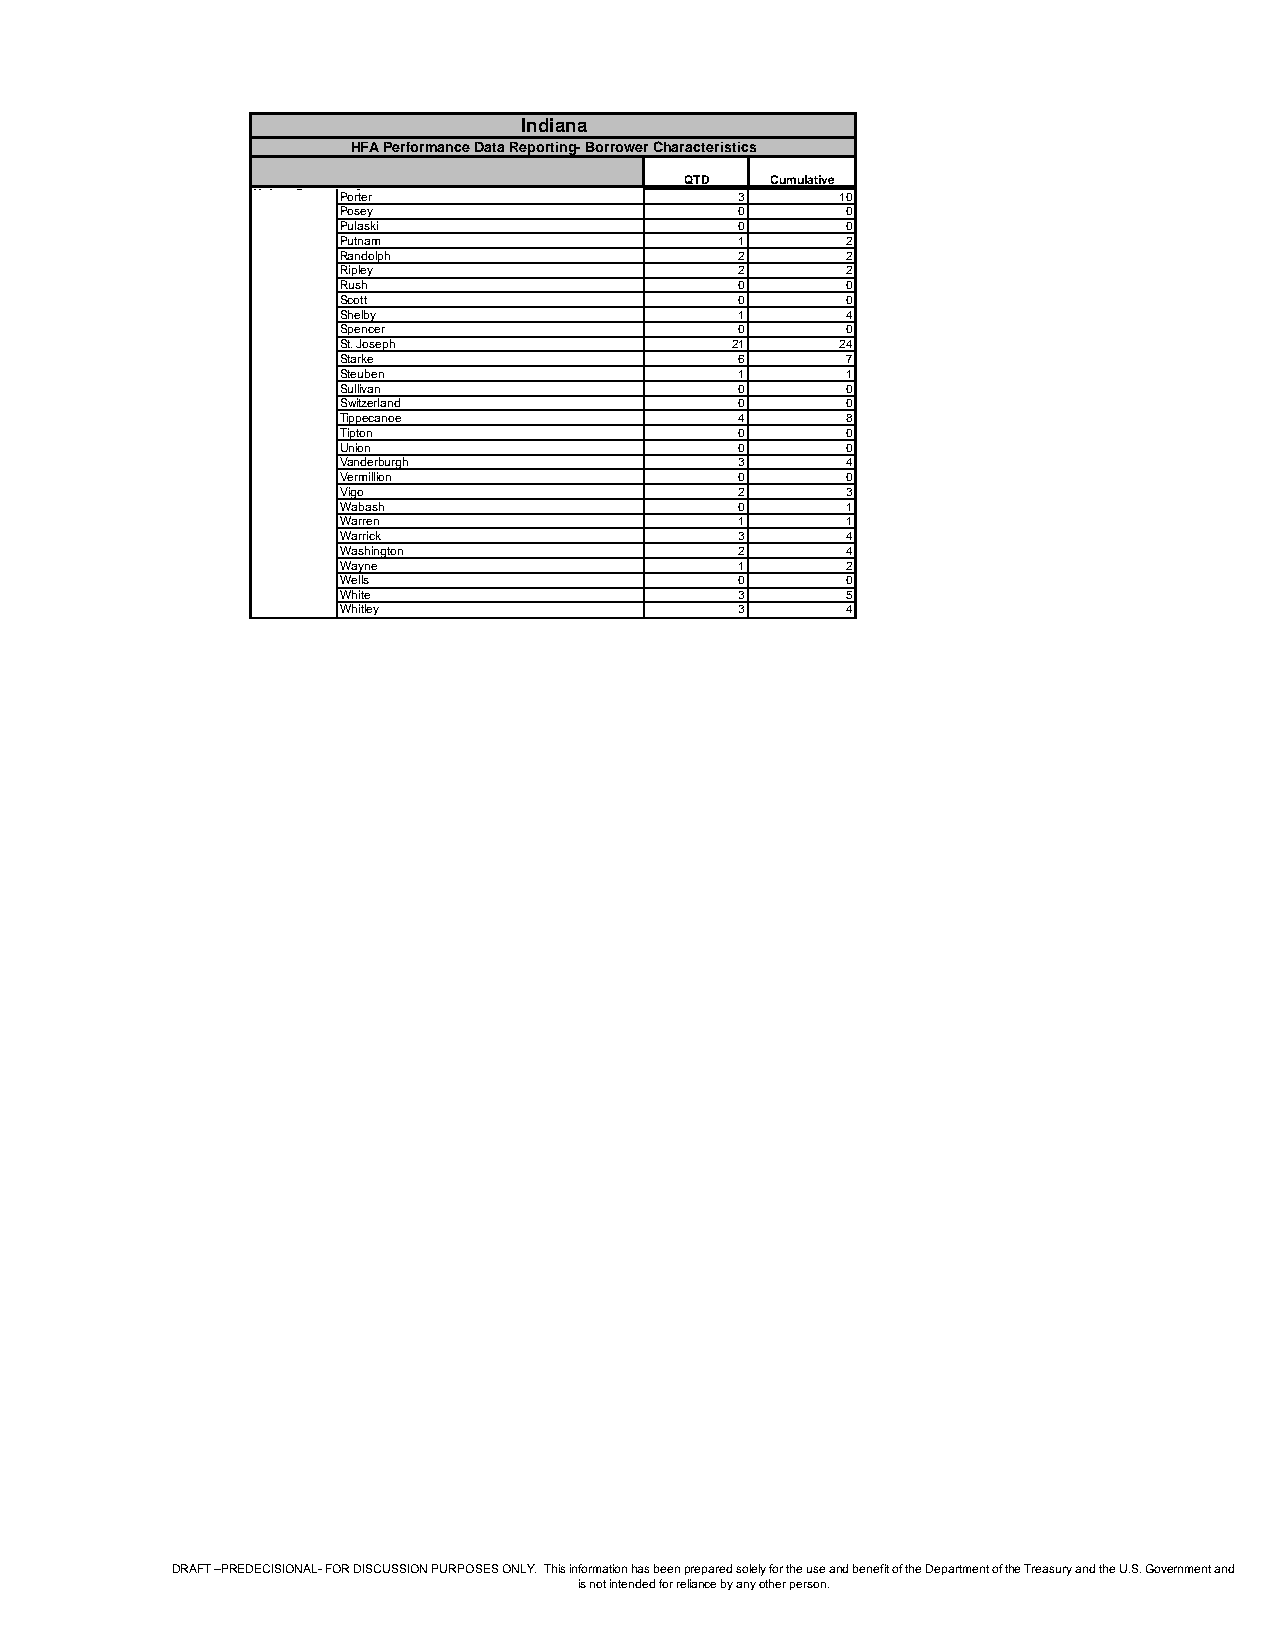
Indiana
 HFA Performance Data Reporting- Borrower Characteristics
 QTD   Cumulative
 Unique BorrowePro Crteoru nt    3      10
 Posey                      0      0
 Pulaski                    0      0
 Putnam                     1      2
 Randolph                   2      2
 Ripley                     2      2
 Rush                       0      0
 Scott                      0      0
 Shelby                     1      4
 Spencer                    0      0
 St. Joseph                21      24
 Starke                     6      7
 Steuben                    1      1
 Sullivan                   0      0
 Switzerland                0      0
 Tippecanoe                 4      8
 Tipton                     0      0
 Union                      0      0
 Vanderburgh                3      4
 Vermillion                 0      0
 Vigo                       2      3
 Wabash                     0      1
 Warren                     1      1
 Warrick                    3      4
 Washington                 2      4
 Wayne                      1      2
 Wells                      0      0
 White                      3      5
 Whitley                    3      4
 DRAFT –PREDECISIONAL- FOR DISCUSSION PURPOSES ONLY. This information has been prepared solely for the use and benefit of the Department of the Treasury and the U.S. Government and
 is not intended for reliance by any other person.